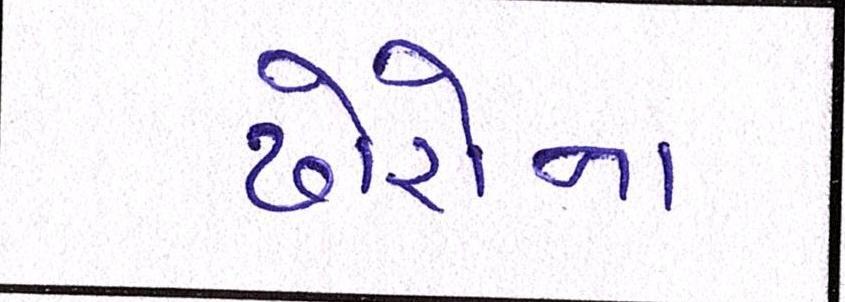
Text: ઢોરોના